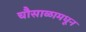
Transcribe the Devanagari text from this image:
चौसाळामधून